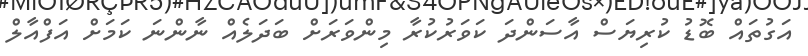
އަގުތައް ބޮޑު ކުރިޔަސް އާސަންދަ ކަވަރުކުރާ މިންވަރަށް ބަދަލެއް ނާންނަ ކަމަށް އަފްއާލް